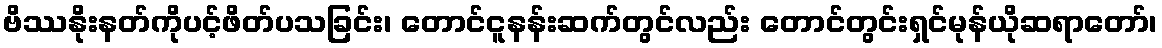
ဗိဿနိုးနတ်ကိုပင့်ဖိတ်ပသခြင်း၊ တောင်ငူနန်းဆက်တွင်လည်း တောင်တွင်းရှင်မုန်ယိုဆရာတော်၊